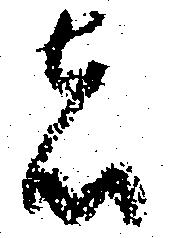
者